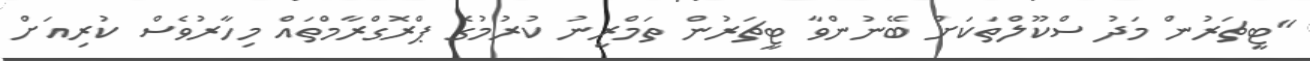
"ޓީޗަރުން މަދު ސްކޫލްތަކަށް ބޭނުންވާ ޓީޗަރުން ތަމްރީނު ކުރުމުގެ ޕްރޮގްރާމްތައް މިހާރުވެސް ކުރިއަށް